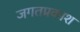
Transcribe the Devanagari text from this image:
जगतप्रकाश